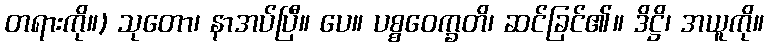
တရားကို။) သုတော၊ နာအပ်ပြီ။ ပေ။ ပစ္စဝေက္ခတိ၊ ဆင်ခြင်၏။ ဒိဋ္ဌိ၊ အယူကို။